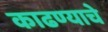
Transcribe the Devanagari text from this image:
काढण्‍याचे